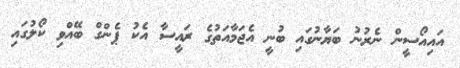
އައިއޯސީން ނެރުނު ބަޔާނުގައި ބުނީ އެޖަމާއަތުގެ ރައީސާ އެކު ޕެންގް ބޭއްވި ކޯލުގައި